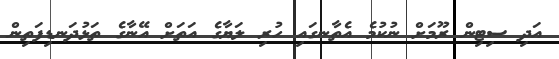
އަދި ސިޓިން ރޫމަށް ނުކުމެ އެތާނގައި ހުރި ލަޔާގެ އަތަށް އޭނާގެ ތަޅުދަނޑިފަތިން